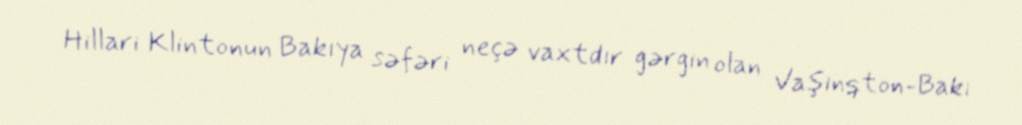
Hillari Klintonun Bakıya səfəri neçə vaxtdır gərgin olan Vaşinqton-Bakı